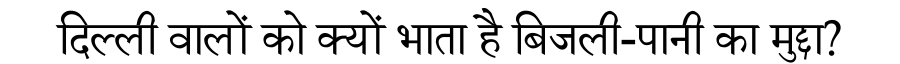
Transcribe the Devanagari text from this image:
दिल्ली वालों को क्यों भाता है बिजली-पानी का मुद्दा?